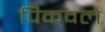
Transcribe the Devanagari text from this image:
पिकवले